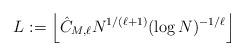
LaTeX: \begin{align*}L:=\left \lfloor\hat C_{M,\ell}N^{1/(\ell+1)}(\log N)^{-1/\ell}\right\rfloor\end{align*}